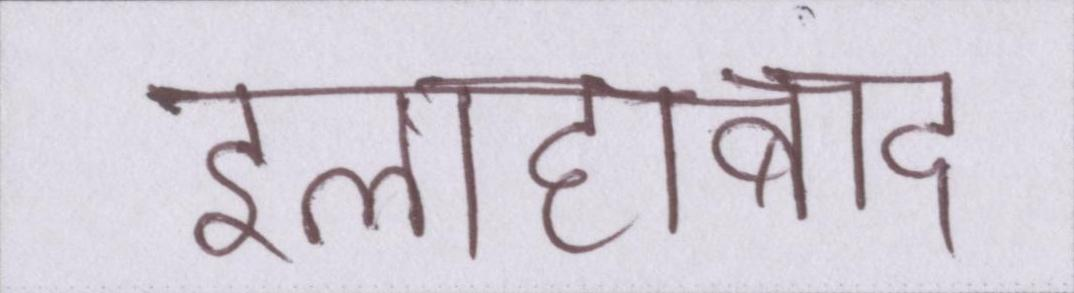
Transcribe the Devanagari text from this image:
इलाहाबाद